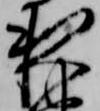
夜